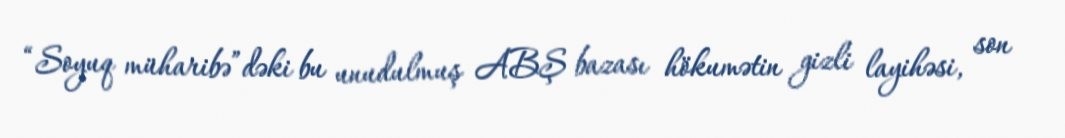
“Soyuq müharibə”dəki bu unudulmuş ABŞ bazası hökumətin gizli layihəsi, son